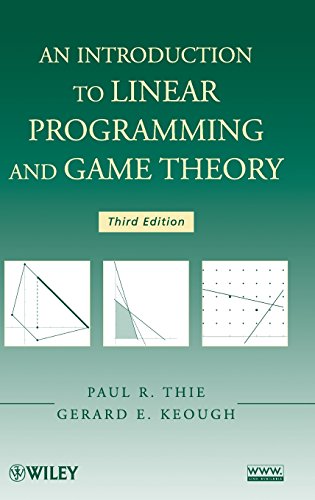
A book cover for An Introduction to Linear Programming and Game Theory; Paul R. Thie; Science & Math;